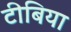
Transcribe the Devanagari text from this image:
टीबिया